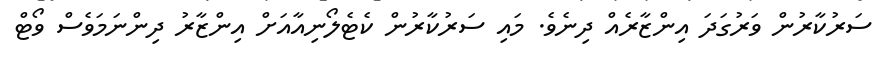
ސަރުކާރުން ވަރުގަދަ އިންޒާރެއް ދިނެވެ. މައި ސަރުކާރުން ކެޓެލޯނިއާއަށް އިންޒާރު ދިންނަމަވެސް ވޯޓް